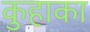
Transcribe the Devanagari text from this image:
कुहाका